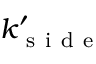
k _ { \mathrm { ~ s ~ i ~ d ~ e ~ } } ^ { \prime }